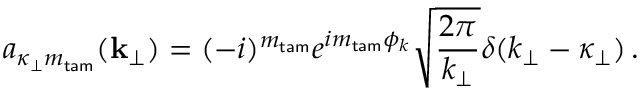
a _ { \kappa _ { \perp } m _ { \mathsf { t a m } } } ( { \bf k } _ { \perp } ) = ( - i ) ^ { m _ { \mathsf { t a m } } } e ^ { i m _ { \mathsf { t a m } } \phi _ { k } } \sqrt { \frac { 2 \pi } { k _ { \perp } } } \delta ( k _ { \perp } - \kappa _ { \perp } ) \, .